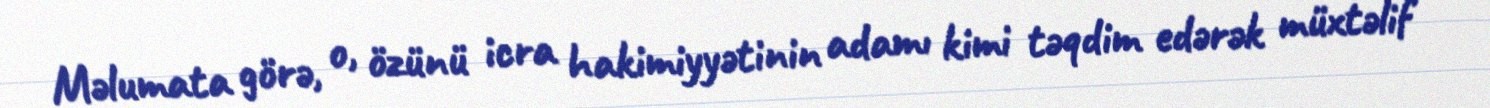
Məlumata görə, o, özünü icra hakimiyyətinin adamı kimi təqdim edərək müxtəlif